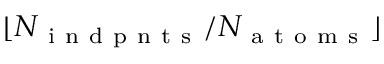
\lfloor N _ { \mathrm { ~ i ~ n ~ d ~ p ~ n ~ t ~ s ~ } } / N _ { \mathrm { ~ a ~ t ~ o ~ m ~ s ~ } } \rfloor